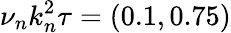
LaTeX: \nu_{n}k_{n}^{2}\tau=(0.1,0.75)